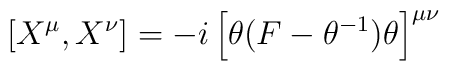
[X^{\mu}, X^{\nu}] = -i \left[\theta (F - \theta^{-1}) \theta \right]^{\mu \nu}